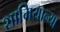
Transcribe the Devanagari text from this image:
शामियान्या